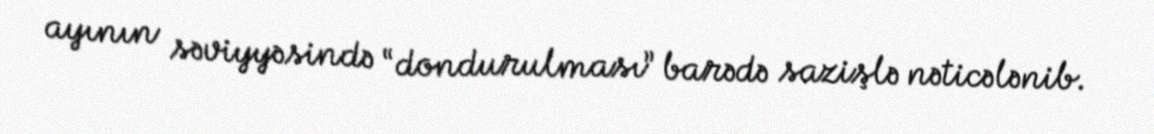
ayının səviyyəsində “dondurulması” barədə sazişlə nəticələnib.